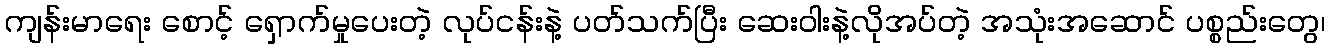
ကျန်းမာရေး စောင့် ရှောက်မှုပေးတဲ့ လုပ်ငန်းနဲ့ ပတ်သက်ပြီး ဆေးဝါးနဲ့လိုအပ်တဲ့ အသုံးအဆောင် ပစ္စည်းတွေ၊